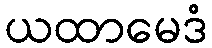
ယထာမေဒံ